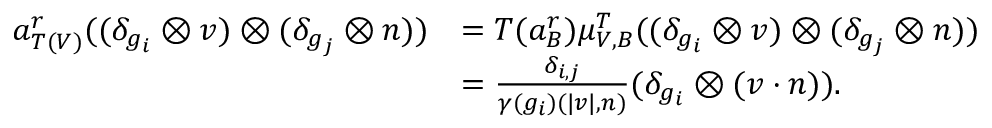
\begin{array} { r l } { a _ { T ( V ) } ^ { r } ( ( \delta _ { g _ { i } } \otimes v ) \otimes ( \delta _ { g _ { j } } \otimes n ) ) } & { = T ( a _ { B } ^ { r } ) \mu _ { V , B } ^ { T } ( ( \delta _ { g _ { i } } \otimes v ) \otimes ( \delta _ { g _ { j } } \otimes n ) ) } \\ & { = \frac { \delta _ { i , j } } { \gamma ( g _ { i } ) ( | v | , n ) } ( \delta _ { g _ { i } } \otimes ( v \cdot n ) ) . } \end{array}